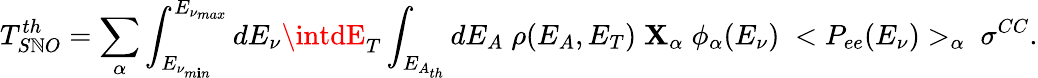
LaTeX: T_{S\mathbb{N}O}^{th}=\sum_{\alpha}\int_{E_{\nu_{m\mathbf{i}n}}}^{E_{\nu_{max}}}dE_{\nu}\intdE_{T}\int_{E_{A_{th}}}dE_{A}\; \rho(E_{A},E_{T})\; \mathbf{X}_{\alpha}\; \phi_{\alpha}(E_{\nu})\; <P_{ee}(E_{\nu})>_{\alpha}\; \sigma^{CC}.